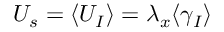
U _ { s } = \langle U _ { I } \rangle = \lambda _ { x } \langle \gamma _ { I } \rangle